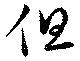
但